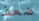
ضعف